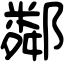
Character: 鄰